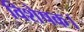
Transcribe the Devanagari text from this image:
विशेषक।